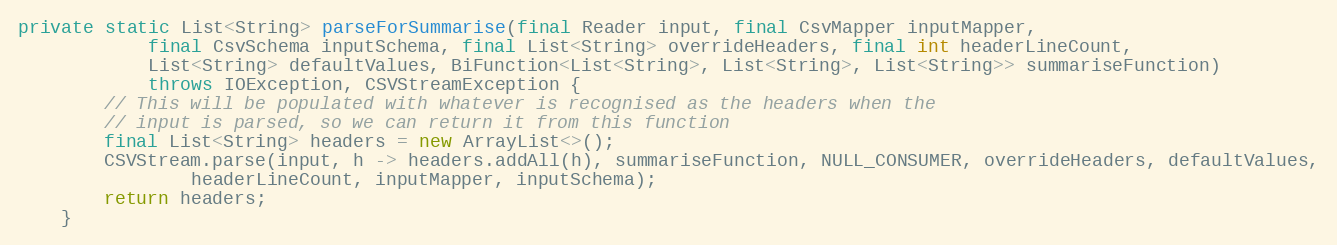
Language: Java
private static List<String> parseForSummarise(final Reader input, final CsvMapper inputMapper,
			final CsvSchema inputSchema, final List<String> overrideHeaders, final int headerLineCount,
			List<String> defaultValues, BiFunction<List<String>, List<String>, List<String>> summariseFunction)
			throws IOException, CSVStreamException {
		// This will be populated with whatever is recognised as the headers when the
		// input is parsed, so we can return it from this function
		final List<String> headers = new ArrayList<>();
		CSVStream.parse(input, h -> headers.addAll(h), summariseFunction, NULL_CONSUMER, overrideHeaders, defaultValues,
				headerLineCount, inputMapper, inputSchema);
		return headers;
	}